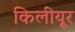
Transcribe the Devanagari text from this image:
किलीयूर